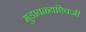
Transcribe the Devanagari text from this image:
मुडावळ्यांऐवजी